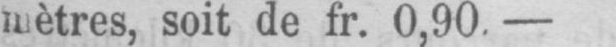
soit de fr. 0,90. -